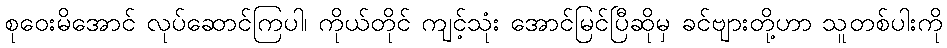
စုဝေးမိအောင် လုပ်ဆောင်ကြပါ၊ ကိုယ်တိုင် ကျင့်သုံး အောင်မြင်ပြီဆိုမှ ခင်ဗျားတို့ဟာ သူတစ်ပါးကို